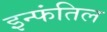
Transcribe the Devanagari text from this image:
इन्फंतिल